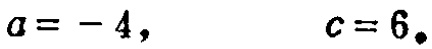
\(a = - 4,\qquad c = 6.\)